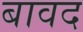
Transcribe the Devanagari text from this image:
बावद